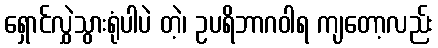
ရှောင်လွှဲသွားရုံပါပဲ တဲ့၊ ဥပရိဘာဂဝါရ ကျတော့လည်း